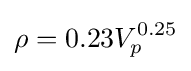
\rho =0.23V_{p}^{0.25}